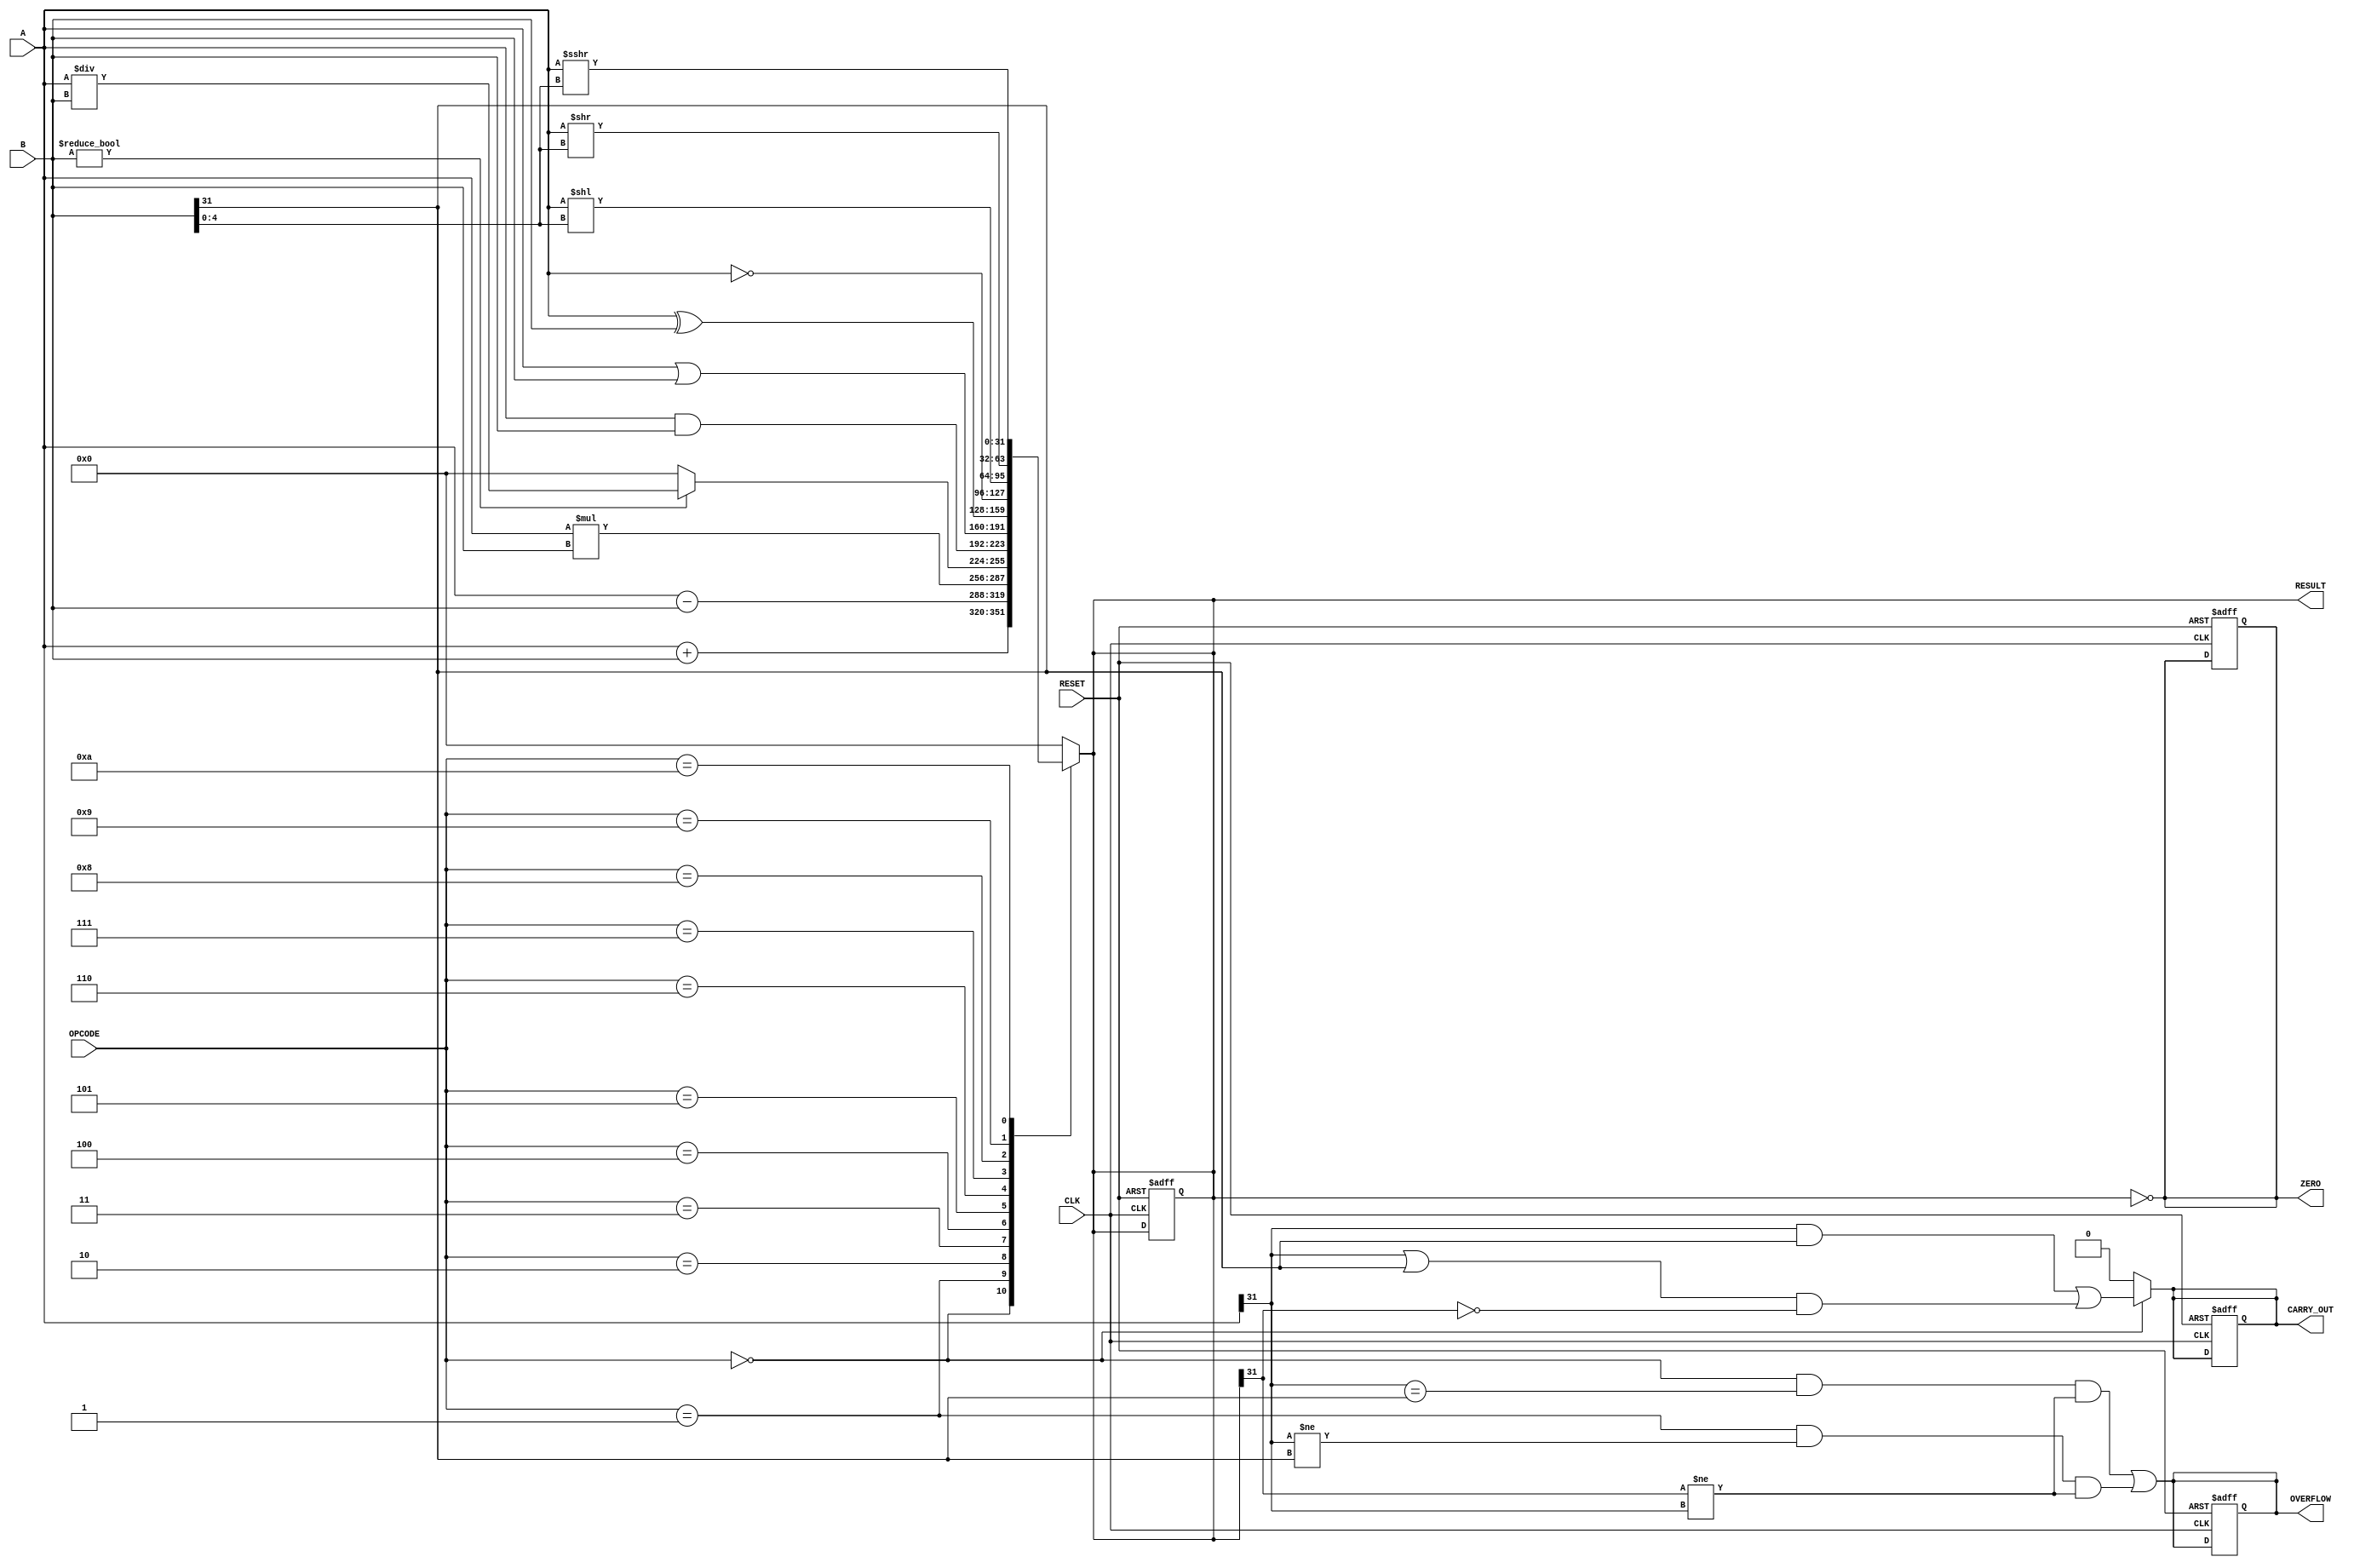
module parameterized_alu #(
    parameter DATA_WIDTH = 32
)(
    input  wire [DATA_WIDTH-1:0] A,        // First operand
    input  wire [DATA_WIDTH-1:0] B,        // Second operand
    input  wire [3:0] OPCODE,               // Operation code
    input  wire CLK,                        // Clock signal
    input  wire RESET,                      // Asynchronous reset
    output reg [DATA_WIDTH-1:0] RESULT,    // Result of the operation
    output reg ZERO,                        // Zero flag
    output reg OVERFLOW,                    // Overflow flag
    output reg CARRY_OUT                    // Carry out flag
);

    // Internal signals
    wire [DATA_WIDTH-1:0] add_result;
    wire [DATA_WIDTH-1:0] sub_result;
    wire [DATA_WIDTH-1:0] mul_result;
    wire [DATA_WIDTH-1:0] div_result;
    wire [DATA_WIDTH-1:0] and_result;
    wire [DATA_WIDTH-1:0] or_result;
    wire [DATA_WIDTH-1:0] xor_result;
    wire [DATA_WIDTH-1:0] not_result;
    wire [DATA_WIDTH-1:0] shl_result;
    wire [DATA_WIDTH-1:0] shr_result;
    wire [DATA_WIDTH-1:0] sar_result;

    // Arithmetic Operations
    assign add_result = A + B;
    assign sub_result = A - B;
    assign mul_result = A * B;
    assign div_result = (B != 0) ? A / B : {DATA_WIDTH{1'b0}}; // Handle division by zero

    // Logic Operations
    assign and_result = A & B;
    assign or_result  = A | B;
    assign xor_result = A ^ B;
    assign not_result = ~A;

    // Shift Operations
    assign shl_result = A << B[4:0]; // Logical Shift Left
    assign shr_result = A >> B[4:0]; // Logical Shift Right
    assign sar_result = $signed(A) >>> B[4:0]; // Arithmetic Shift Right

    // Combinational Logic for Operation Selection
    always @(*) begin
        case (OPCODE)
            4'b0000: RESULT = add_result; // Addition
            4'b0001: RESULT = sub_result; // Subtraction
            4'b0010: RESULT = mul_result; // Multiplication
            4'b0011: RESULT = div_result; // Division
            4'b0100: RESULT = and_result;  // AND
            4'b0101: RESULT = or_result;   // OR
            4'b0110: RESULT = xor_result;  // XOR
            4'b0111: RESULT = not_result;  // NOT
            4'b1000: RESULT = shl_result;  // Shift Left
            4'b1001: RESULT = shr_result;  // Shift Right
            4'b1010: RESULT = sar_result;  // Arithmetic Shift Right
            default: RESULT = {DATA_WIDTH{1'b0}}; // Default case
        endcase
    end

    // Flags Logic
    always @(*) begin
        ZERO = (RESULT == 0);
        OVERFLOW = (OPCODE == 4'b0000 && (A[DATA_WIDTH-1] == B[DATA_WIDTH-1]) && (RESULT[DATA_WIDTH-1] != A[DATA_WIDTH-1])) || // Addition overflow
                    (OPCODE == 4'b0001 && (A[DATA_WIDTH-1] != B[DATA_WIDTH-1]) && (RESULT[DATA_WIDTH-1] != A[DATA_WIDTH-1])); // Subtraction overflow
        CARRY_OUT = (OPCODE == 4'b0000) ? (A[DATA_WIDTH-1] & B[DATA_WIDTH-1]) | ((A[DATA_WIDTH-1] | B[DATA_WIDTH-1]) & ~RESULT[DATA_WIDTH-1]) : 1'b0; // Carry out for addition
    end

    // Synchronous Logic
    always @(posedge CLK or posedge RESET) begin
        if (RESET) begin
            RESULT <= {DATA_WIDTH{1'b0}};
            ZERO <= 1'b0;
            OVERFLOW <= 1'b0;
            CARRY_OUT <= 1'b0;
        end else begin
            // The outputs are already updated in combinational logic
        end
    end

endmodule